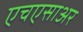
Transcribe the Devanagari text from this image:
एचएसाअर